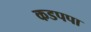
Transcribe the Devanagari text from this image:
कडपपा